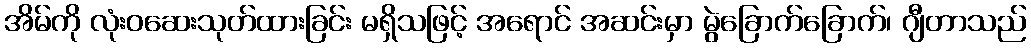
အိမ်ကို လုံးဝဆေးသုတ်ထားခြင်း မရှိသဖြင့် အရောင် အဆင်းမှာ မွဲခြောက်ခြောက်၊ ဂျီတာသည်